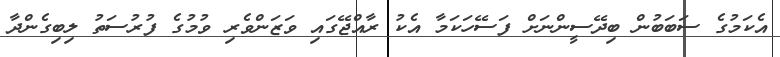
އެކަމުގެ ސަބަބުން ބިދޭސީންނަށް ފަސޭހަކަމާ އެކު ރާއްޖޭގައި ވަޒަންވެރި ވުމުގެ ފުރުސަތު ލިބިގެންދާ